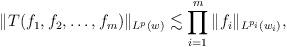
LaTeX: \begin{align*}\|T(f_1, f_2,\dots, f_m)\|_{L^p (w)} \lesssim \prod_{i=1}^m \|f_i\|_{L^{p_i}\left(w_i\right)},\end{align*}